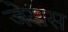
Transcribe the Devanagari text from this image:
जेसस